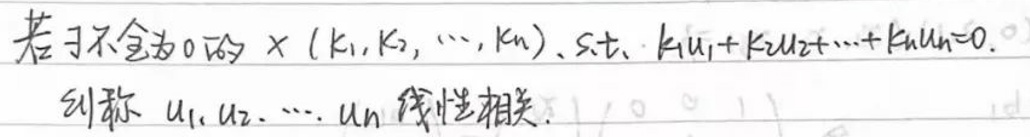
若存在不全为\(0\)的\(x(k_1,k_2,\cdots,k_n)\)，使得\(k_1u_1 + k_2u_2 + \cdots + k_nu_n = 0\)，

则称\(u_1,u_2,\cdots,u_n\)线性相关。